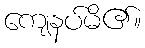
ကျေနပ်မိ၏။